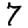
Digit: 7